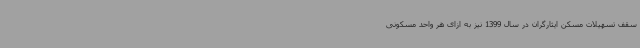
سقف تسهیلات مسکن ایثارگران در سال 1399 نیز به ازای هر واحد مسکونی